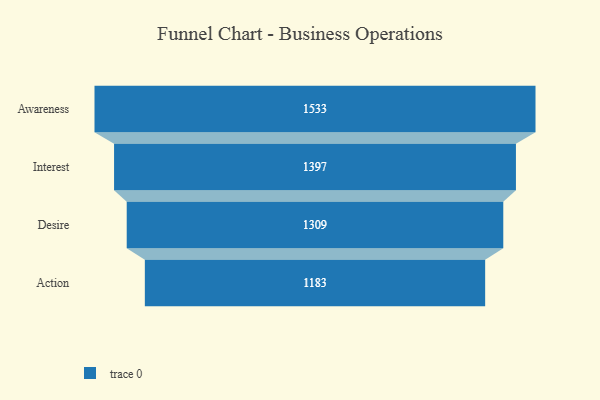
{"axis": {"x": "Stage", "y": "Value"}, "legend": [""], "data": [{"x": "Awareness", "y": 1533.0, "type": ""}, {"x": "Interest", "y": 1397.0, "type": ""}, {"x": "Desire", "y": 1309.0, "type": ""}, {"x": "Action", "y": 1183.0, "type": ""}]}